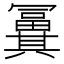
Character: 𠔸